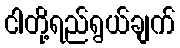
ငါတို့ရည်ရွယ်ချက်